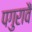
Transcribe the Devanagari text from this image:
पगुरावै